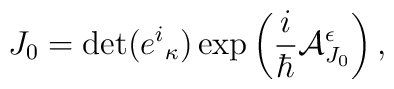
J_0 = \det (e^i{}_ \kappa ) \exp\left( \frac{i}{\hbar}{\cal A}_{J_0}^\epsilon  \right),